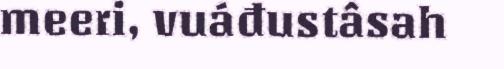
meeri, vuáđustâsah